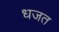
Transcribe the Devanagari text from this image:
धजत